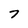
Character: 7